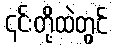
၎င်းတို့ထဲတွင်